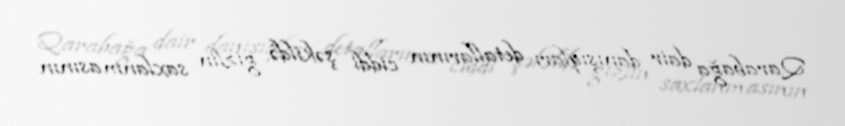
Qarabağa dair danışıqları detallarının ciddi şəkildə gizlin saxlanmasının